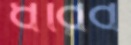
ধরিব